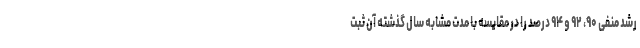
رشد منفی ۹۰، ۹۲ و ۹۴ درصد را در مقایسه با مدت مشابه سال گذشته آن ثبت